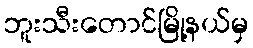
ဘူးသီးတောင်မြို့နယ်မှ